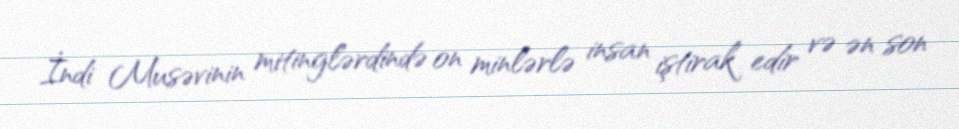
İndi Musəvinin mitinglərdində on minlərlə insan iştirak edir və ən son